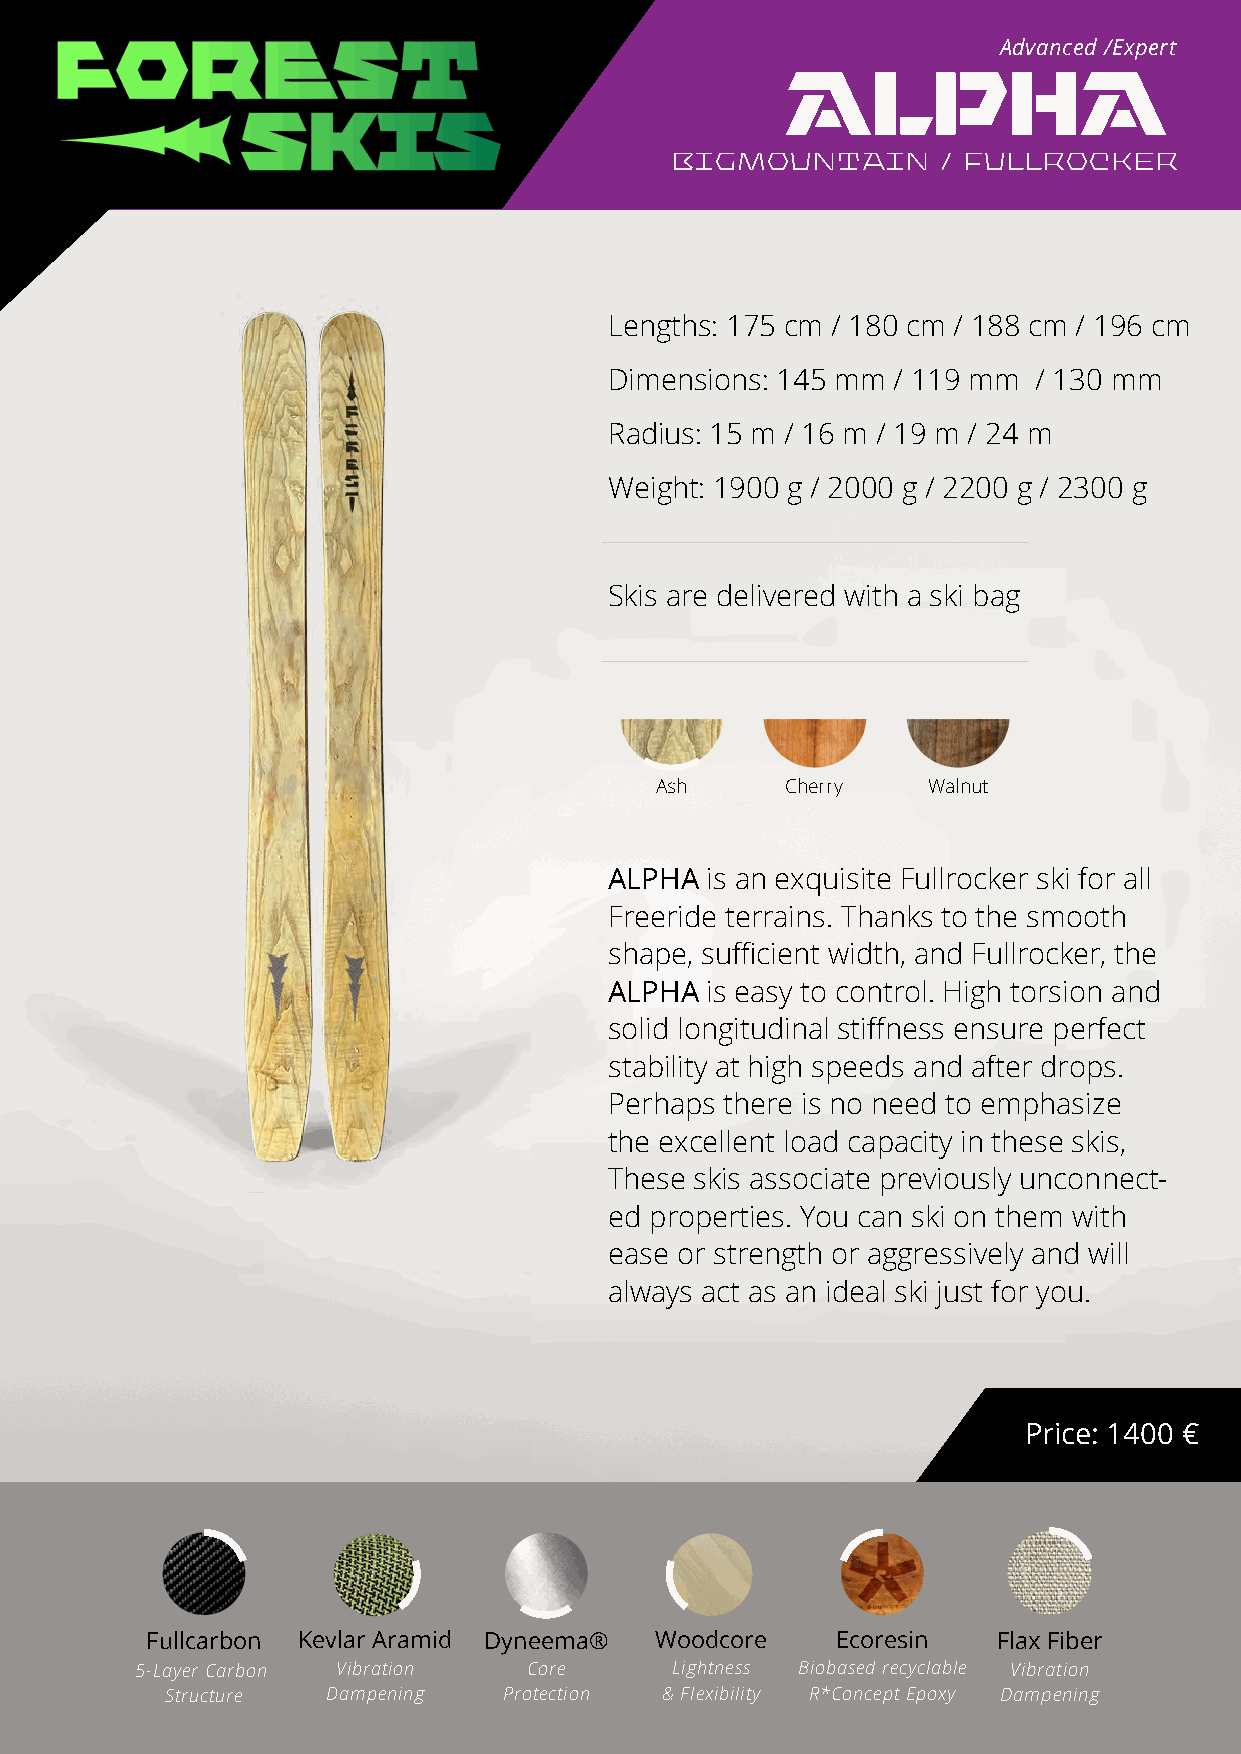
Advanced /Expert
 alpha
 bigmountain       / fullrocker
 Lengths: 175 cm / 180 cm / 188 cm / 196 cm
 Dimensions: 145 mm / 119 mm  / 130 mm
 Radius: 15 m / 16 m / 19 m / 24 m
 Weight: 1900 g / 2000 g / 2200 g / 2300 g
 Skis are delivered with a ski bag
 Ash      Cherry   Walnut
 ALPHA  is an exquisite Fullrocker ski for all
 Freeride terrains. Thanks to the smooth
 shape, sufficient width, and Fullrocker, the
 ALPHA  is easy to control. High torsion and
 solid longitudinal stiffness ensure perfect
 stability at high speeds and after drops.
 Perhaps there is no need to emphasize
 the excellent load capacity in these skis,
 These skis associate previously unconnect-
 ed properties. You can ski on them with
 ease or strength or aggressively and will
 always act as an ideal ski just for you.
 Price: 1400 €
 Fullcarbon Kevlar Aramid Dyneema® Woodcore   Ecoresin   LFiglahxt wFiebiegrht Glass Fiber Carbon Stripe Woodcore Ecoresin Indigo dye
 5-Layer Carbon Vibration  Core     Lightness Biobased recyclable 1V9i8b r/a 2ti3o0n0g Life Span Support Faster Lightness Biobased recyclable Unesco Cultural
 Structure  Dampening  Protection & Flexibility R*Concept Epoxy D19a0m /p 2en1i0n0gg Quadraxial Reaction & Flexibility R*Concept Epoxy Heritage